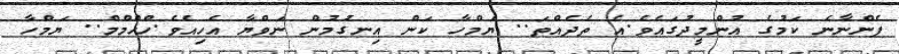
ފެންނާނެ ކަމުގެ އުންމީދުގައެވެ.އެ ތެދެއްތަ.. ޔަމްހާ ކަން އިނގުމުން ނަވްޔާ އެހިއެވެ.ހްހްމްމް.. ޔަމްހާ